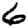
Digit: 6